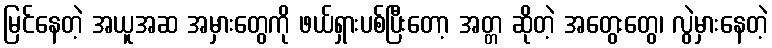
မြင်နေတဲ့ အယူအဆ အမှားတွေကို ဖယ်ရှားပစ်ပြီးတော့ အတ္တ ဆိုတဲ့ အတွေးတွေ၊ လွဲမှားနေတဲ့